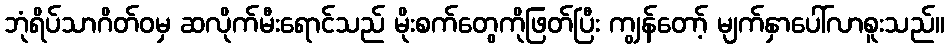
ဘုံရိပ်သာဂိတ်ဝမှ ဆလိုက်မီးရောင်သည် မိုးစက်တွေကိုဖြတ်ပြီး ကျွန်တော့် မျက်နှာပေါ်လာစူးသည်။